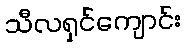
သီလရှင်ကျောင်း